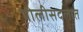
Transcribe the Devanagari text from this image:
पोलीसदलात